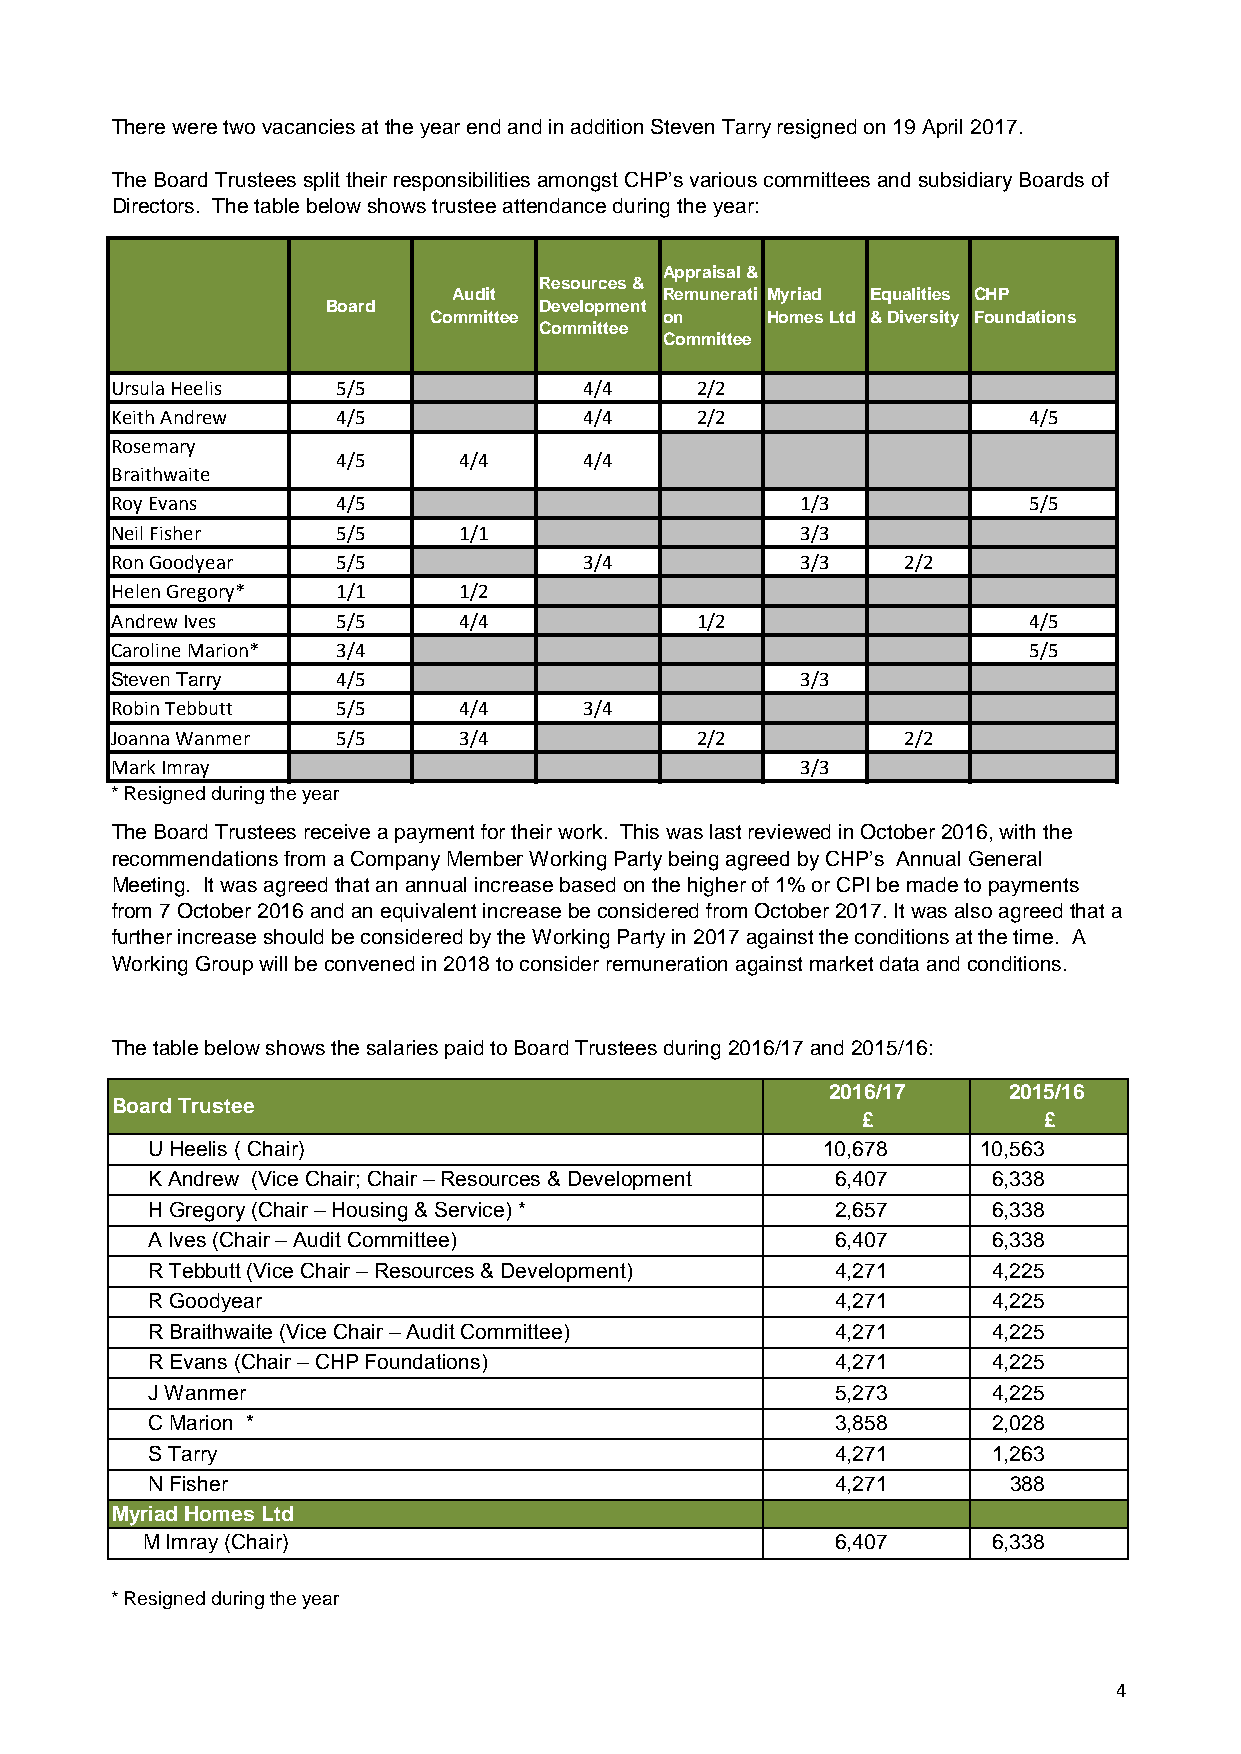
There were two vacancies at the year end and in addition Steven Tarry resigned on 19 April 2017.
 The Board Trustees split their responsibilities amongst CHP’s various committees and subsidiary Boards of
 Directors. The table below shows trustee attendance during the year:
 Appraisal &
 Resources &
 Audit         Remunerati Myriad Equalities CHP
 Board         Development
 Committee       on     Homes Ltd & Diversity Foundations
 Committee
 Committee
 Ursula Heelis  5/5              4/4    2/2
 Keith Andrew   4/5              4/4    2/2                   4/5
 Rosemary
 4/5     4/4      4/4
 Braithwaite
 Roy Evans      4/5                            1/3            5/5
 Neil Fisher    5/5     1/1                    3/3
 Ron Goodyear   5/5              3/4           3/3    2/2
 Helen Gregory* 1/1     1/2
 Andrew Ives    5/5     4/4             1/2                   4/5
 Caroline Marion* 3/4                                         5/5
 Steven Tarry   4/5                            3/3
 Robin Tebbutt  5/5     4/4      3/4
 Joanna Wanmer  5/5     3/4             2/2           2/2
 Mark Imray                                    3/3
 * Resigned during the year
 The Board Trustees receive a payment for their work. This was last reviewed in October 2016, with the
 recommendations from a Company Member Working Party being agreed by CHP’s Annual General
 Meeting. It was agreed that an annual increase based on the higher of 1% or CPI be made to payments
 from 7 October 2016 and an equivalent increase be considered from October 2017. It was also agreed that a
 further increase should be considered by the Working Party in 2017 against the conditions at the time. A
 Working Group will be convened in 2018 to consider remuneration against market data and conditions.
 The table below shows the salaries paid to Board Trustees during 2016/17 and 2015/16:
 2016/17     2015/16
 Board Trustee
 £           £
 U Heelis ( Chair)                           10,678     10,563
 K Andrew (Vice Chair; Chair – Resources & Development 6,407 6,338
 H Gregory (Chair – Housing & Service) *      2,657      6,338
 A Ives (Chair – Audit Committee)             6,407      6,338
 R Tebbutt (Vice Chair – Resources & Development) 4,271  4,225
 R Goodyear                                   4,271      4,225
 R Braithwaite (Vice Chair – Audit Committee) 4,271      4,225
 R Evans (Chair – CHP Foundations)            4,271      4,225
 J Wanmer                                     5,273      4,225
 C Marion *                                   3,858      2,028
 S Tarry                                      4,271      1,263
 N Fisher                                     4,271       388
 Myriad Homes Ltd
 M Imray (Chair)                               6,407      6,338
 * Resigned during the year
 4